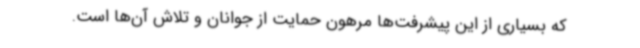
که بسیاری از این پیشرفت‌ها مرهون حمایت از جوانان و تلاش آن‌ها است.